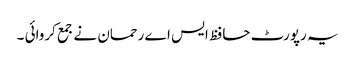
یہ رپورٹ حافظ ایس اے رحمان نے جمع کروائی ۔